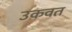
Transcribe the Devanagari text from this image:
उकवत